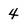
Character: 4